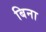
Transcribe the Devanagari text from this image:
बिना